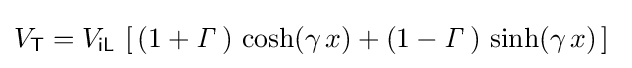
V_{\mathsf {T}}=V_{\mathsf {iL}}\,\left[\,\left(1+{\mathit {\Gamma }}\,\right)\,\cosh(\gamma \,x)+\left(1-{\mathit {\Gamma }}\,\right)\,\sinh(\gamma \,x)\,\right]~